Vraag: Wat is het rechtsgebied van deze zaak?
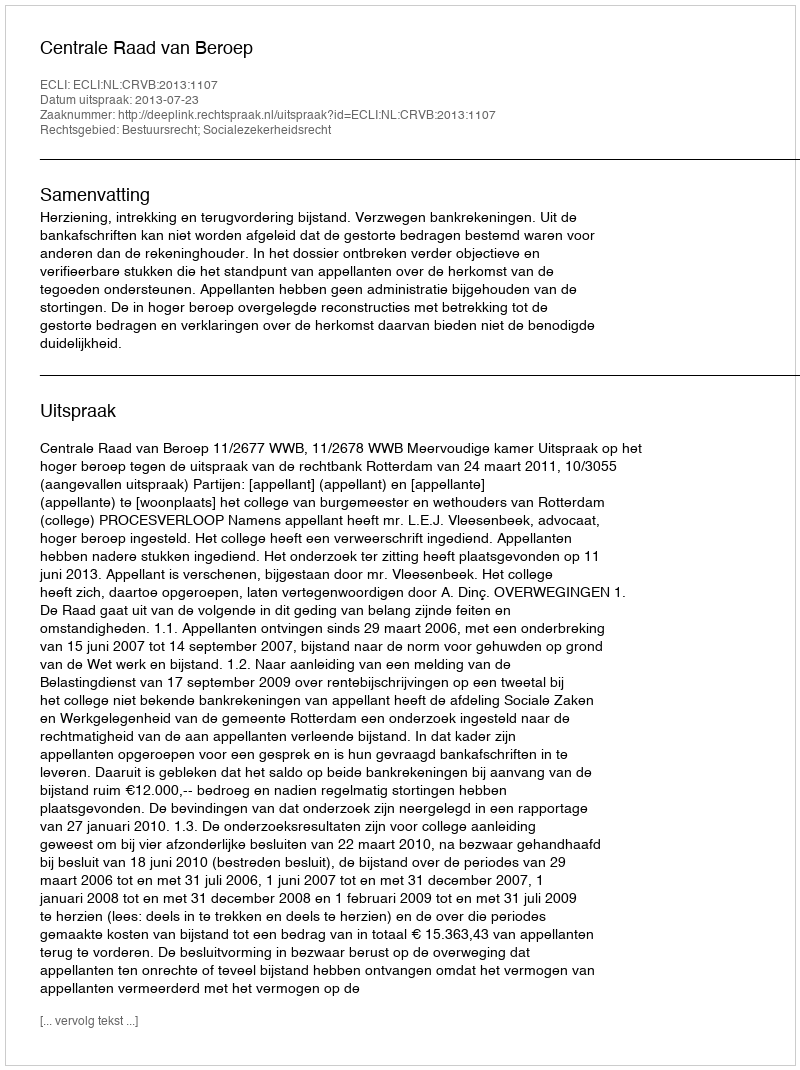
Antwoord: Bestuursrecht; Socialezekerheidsrecht